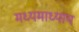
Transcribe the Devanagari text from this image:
मध्यमाध्याय